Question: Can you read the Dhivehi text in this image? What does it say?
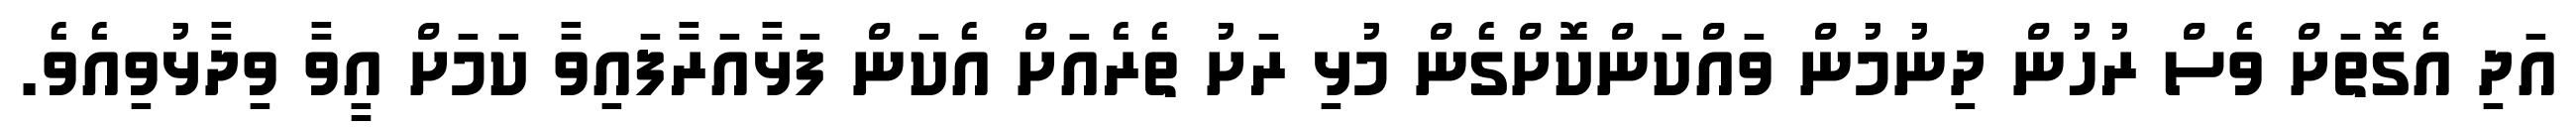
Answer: އަދި އެގޮތަށް ވެސް ރުހުން ދިނުމުން ވައްކަންކޮށްގެން މުޅި ރަށު ތެރެއަށް އެކަން ފަޅާއަރާފައިވާ ކަމަށް އީވާ ވިދާޅުވިއެވެ.